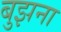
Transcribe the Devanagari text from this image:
बुझना